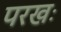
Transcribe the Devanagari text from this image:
परखः